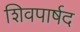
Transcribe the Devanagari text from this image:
शिवपार्षद